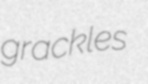
grackles